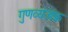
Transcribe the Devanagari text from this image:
गुणव्यंजक